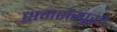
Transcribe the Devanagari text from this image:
समशेरपूरचे